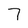
Character: 7